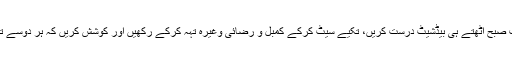
اس لیے ضروری ہے کہ آپ صبح اُٹھتے ہی بیڈشیٹ درست کریں، تکیے سیٹ کرکے کمبل و رضائی وغیرہ تہہ کرکے رکھیں اور کوشش کریں کہ ہر دوسے تین بعد بیڈ شیٹ تبدیل کردیں۔